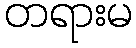
တရားမ